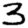
Digit: 3